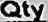
QTY